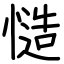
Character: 慥